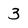
Character: 3